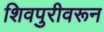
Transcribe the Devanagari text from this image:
शिवपुरीवरून